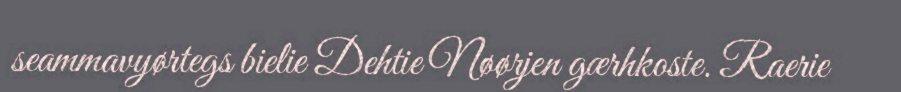
seammavyørtegs bielie Dehtie Nøørjen gærhkoste. Raerie